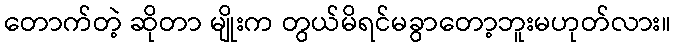
တောက်တဲ့ ဆိုတာ မျိုးက တွယ်မိရင်မခွာတော့ဘူးမဟုတ်လား။